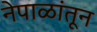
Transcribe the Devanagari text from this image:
नेपाळांतून